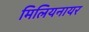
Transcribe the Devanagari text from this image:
मिलियनायर